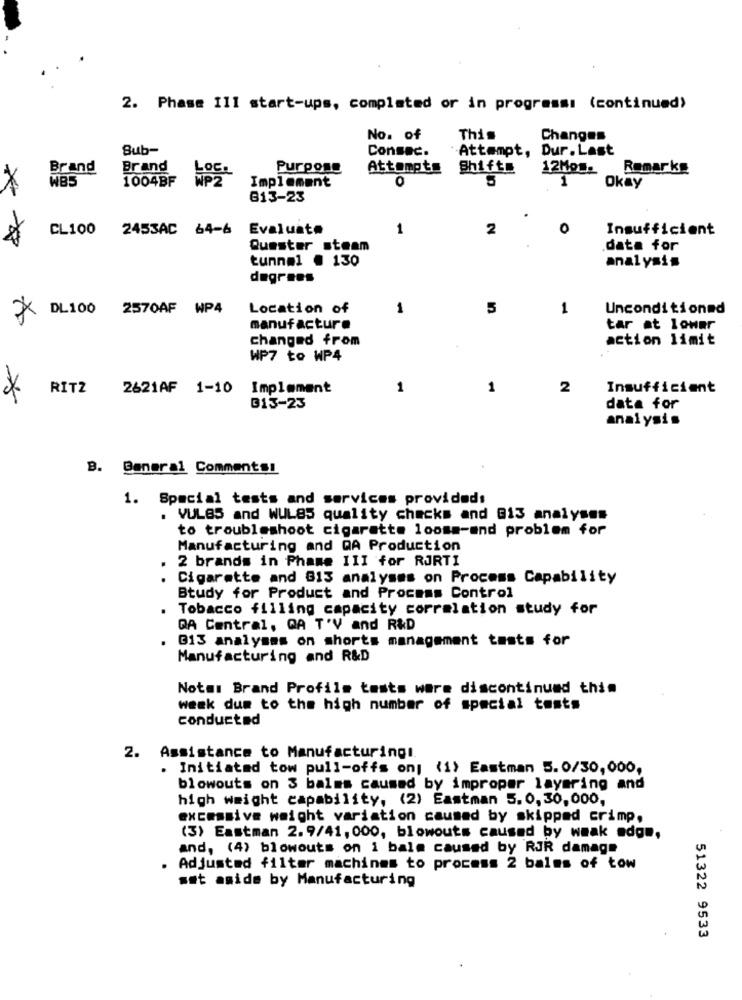
2. Phase 111 start-ups, completed or in progressi (continued)
No. of
This
Changes
Sub-
Consac.
`Attempt, Dur. Last
Brand
Brand
Purpose
Attempts
12Mog.
Remarkg
WB5
1004BF
Implement
O
5
1
×
Okay
613-23
CL100 2453AC 64-6
Evaluate
1
2
0
Insufficient
Quester steam
data for
tunnel . 130
analysis
degrees
Location of
1
5
1
Unconditioned
XX DL100 2570AF WP4
manufacture
tar at lower
changed from
action limit
WP7 to WP4
RITZ
2621AF 1-10
Implement
1
1
2
Insufficient
313-23
data for
analysis
B. General Commentsi
1. Special tests and services provided:
. VULBS and WUL85 quality checks and @13 analyses
to troubleshoot cigarette looms-and problem for
Manufacturing and QA Production
2 brands in Phase III for RJRTI
Cigarette and G13 analyses on Process Capability
Btudy for Product and Process Control
. Tobacco filling capacity correlation study for
DA Central, QA T'V and R&D
. 013 analysms on shorts management tests for
Manufacturing and R&D
Notmi Brand Profile tests were discontinued thin
week dum to the high number of special tests
conducted
2.
Assistance to Manufacturing!
. Initiated tow pull-offs onj (1) Eastman 5.0/30,000,
blowouts on 3 balms caused by improper layering and
high weight capability, (2) Eastman 5.0,30,000,
excessive weight variation caused by skipped crimp.
(3) Eastman 2.9/41, 000, blowouts caused by weak edge,
and, (4) blowouts on i bala caused by RJR damage
Adjusted filter machines to process 2 balms of tow
set aside by Manufacturing
51322 9533